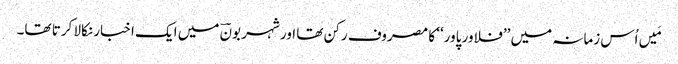
مَیں اُس زمانہ میں ’’فلاور پاور‘‘ کا مصروف رکن تھا اور شہر بونؔ میں ایک اخبار نکالا کرتا تھا۔